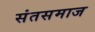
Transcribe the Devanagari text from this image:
संतसमाज